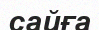
сайға